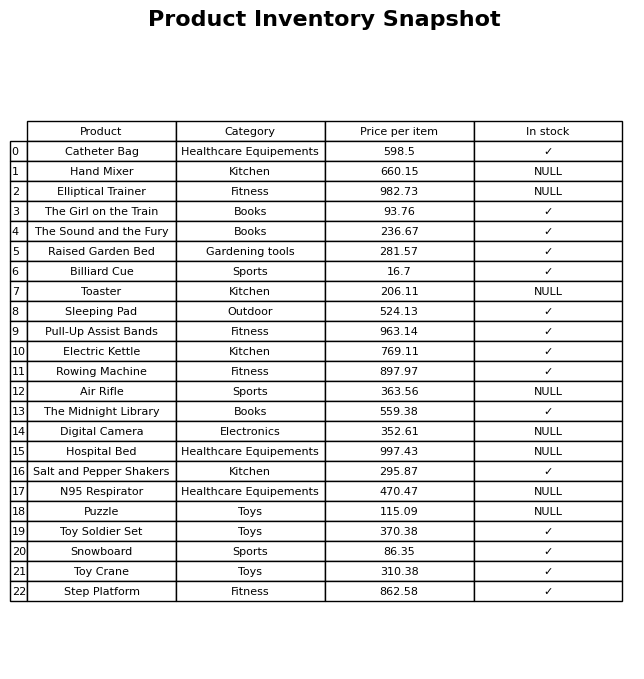
question: What is the price for Snowboard?
answer: The price of Snowboard is 86.35.